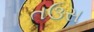
તઉસ